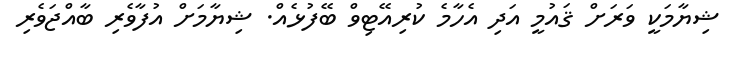
ޝިޔާމަކީ ވަރަށް ޤައުމީ އަދި އެހާމެ ކުރިއޭޓިވް ބޭފުޅެއް. ޝިޔާމަށް އުފާވެރި ބާއްޖަވެރި